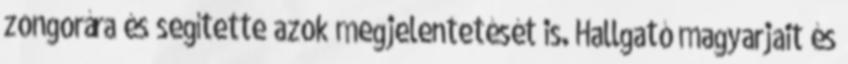
zongorára és segítette azok megjelentetését is. Hallgató magyarjait és